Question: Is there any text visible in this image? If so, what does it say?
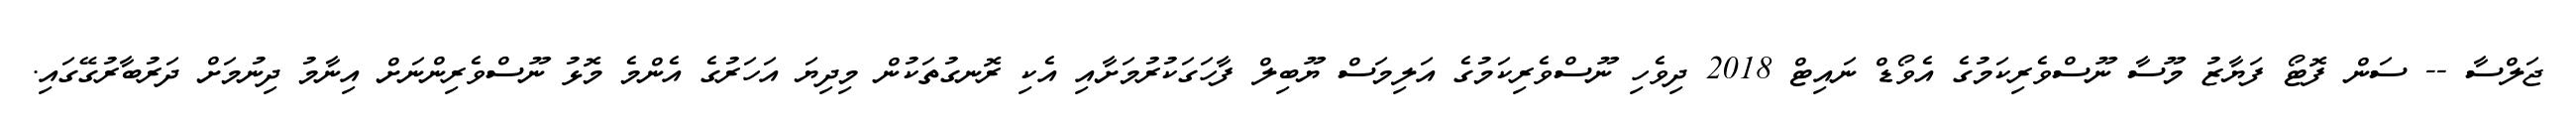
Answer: ޖަލްސާ -- ސަން ފޮޓޯ ފަޔާޒު މޫސާ ނޫސްވެރިކަމުގެ އެވޯޑް ނައިޓް 2018 ދިވެހި ނޫސްވެރިކަމުގެ އަލިމަސް ޔޫބިލް ފާހަގަކުރުމަށާއި އެކި ރޮނގުތަކުން މިދިޔަ އަހަރުގެ އެންމެ މޮޅު ނޫސްވެރިންނަށް އިނާމު ދިނުމަށް ދަރުބާރުގޭގައި.